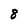
Character: 8